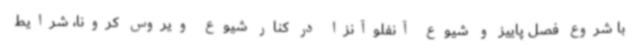
با شروع فصل پاییز و شیوع آنفلوآنزا در کنار شیوع ویروس کرونا، شرایط